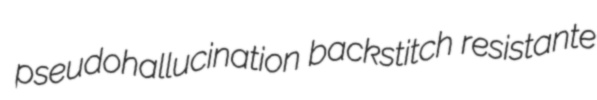
pseudohallucination backstitch resistante